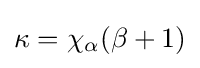
\kappa =\chi _{\alpha }(\beta +1)